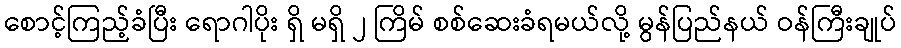
စောင့်ကြည့်ခံပြီး ရောဂါပိုး ရှိ မရှိ ၂ ကြိမ် စစ်ဆေးခံရမယ်လို့ မွန်ပြည်နယ် ဝန်ကြီးချုပ်